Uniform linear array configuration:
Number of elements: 64
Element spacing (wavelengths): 0.5
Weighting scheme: blackman
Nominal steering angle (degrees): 45
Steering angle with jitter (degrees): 46.409
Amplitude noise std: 0.05
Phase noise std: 0.05

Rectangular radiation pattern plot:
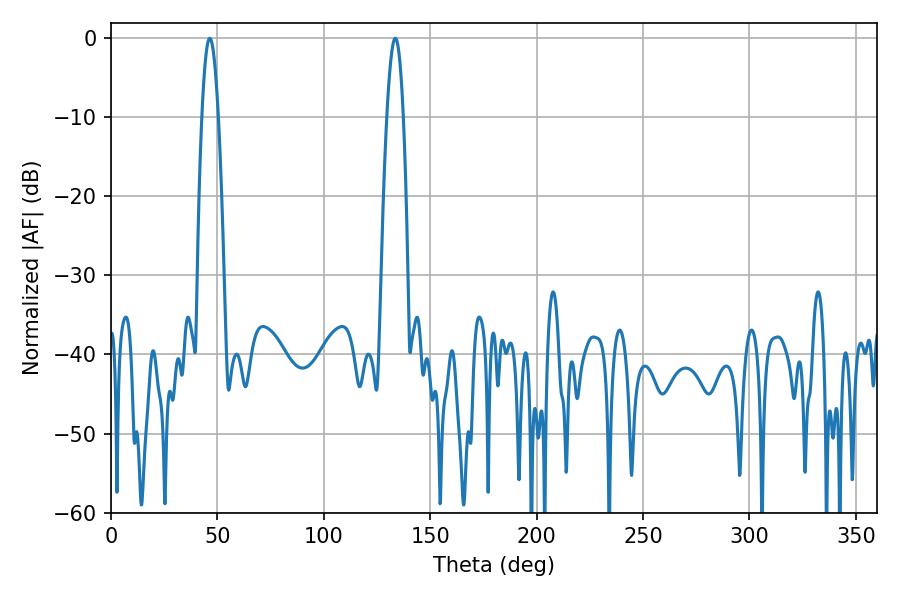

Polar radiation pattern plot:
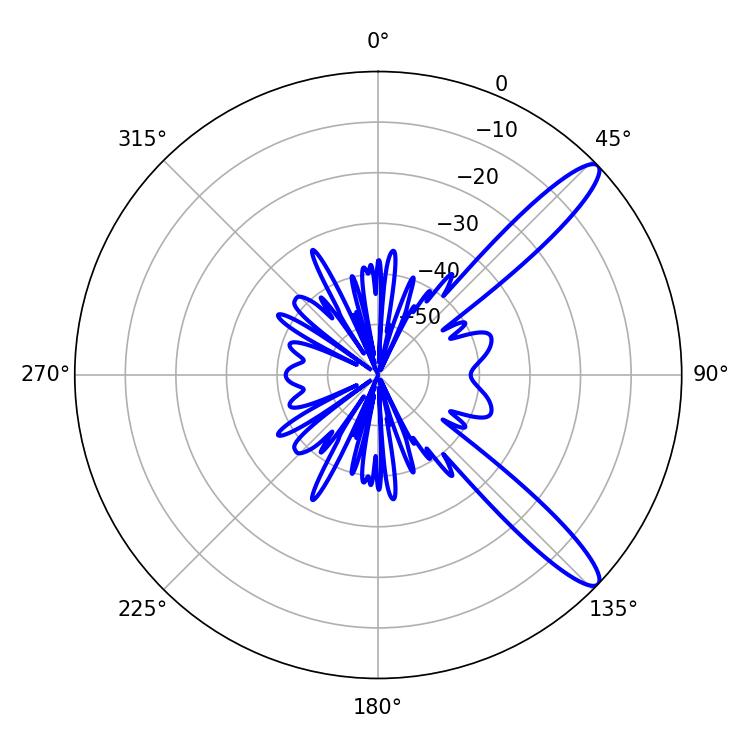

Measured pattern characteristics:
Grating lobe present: FALSE
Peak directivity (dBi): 12.349
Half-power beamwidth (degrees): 4.32
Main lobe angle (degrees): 46.44